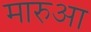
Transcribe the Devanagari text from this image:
मारुआ